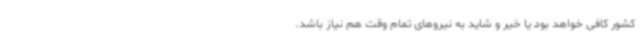
کشور کافی خواهد بود یا خیر و شاید به نیروهای تمام وقت هم نیاز باشد.